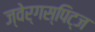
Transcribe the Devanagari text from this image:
ज्वेर्गस्पिट्ज